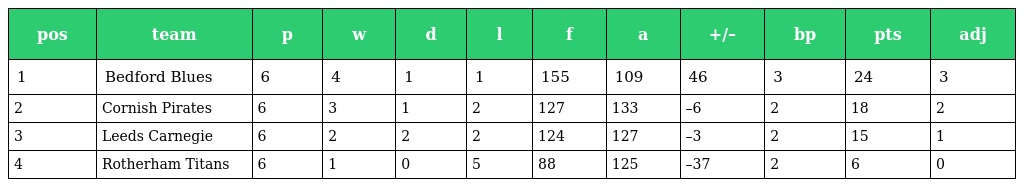
| pos | team | p | w | d | l | f | a | +/– | bp | pts | adj |
 | --- | --- | --- | --- | --- | --- | --- | --- | --- | --- | --- | --- |
 | 1 | Bedford Blues | 6 | 4 | 1 | 1 | 155 | 109 | 46 | 3 | 24 | 3 |
 | 2 | Cornish Pirates | 6 | 3 | 1 | 2 | 127 | 133 | –6 | 2 | 18 | 2 |
 | 3 | Leeds Carnegie | 6 | 2 | 2 | 2 | 124 | 127 | –3 | 2 | 15 | 1 |
 | 4 | Rotherham Titans | 6 | 1 | 0 | 5 | 88 | 125 | –37 | 2 | 6 | 0 |